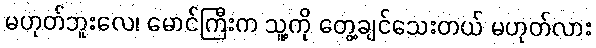
မဟုတ်ဘူးလေ၊ မောင်ကြီးက သူ့ကို တွေ့ချင်သေးတယ် မဟုတ်လား